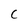
Character: C